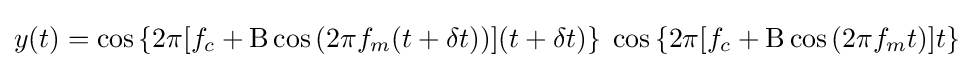
y(t)=\cos \left\{2\pi [f_{c}+\mathrm {B} \cos \left(2\pi f_{m}(t+\delta t)\right)](t+\delta t)\right\}\;\cos \left\{2\pi [f_{c}+\mathrm {B} \cos \left(2\pi f_{m}t\right)]t\right\}